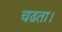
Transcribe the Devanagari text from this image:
चढता।